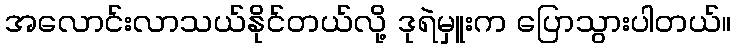
အလောင်းလာသယ်နိုင်တယ်လို့ ဒုရဲမှူးက ပြောသွားပါတယ်။